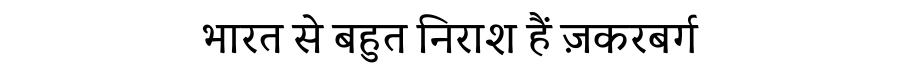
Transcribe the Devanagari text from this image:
भारत से बहुत निराश हैं ज़करबर्ग